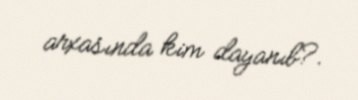
arxasında kim dayanıb?.